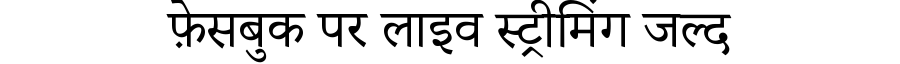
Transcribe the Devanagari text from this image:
फ़ेसबुक पर लाइव स्ट्रीमिंग जल्द